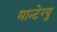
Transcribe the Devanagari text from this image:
मान्टेग्यु